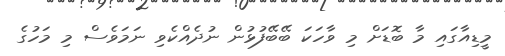
މީޑިއާގައި މާ ބޮޑަށް މި ވާހަކަ ބޭބޭފުޅުން ނުދެއްކެވި ނަމަވެސް މި މަހުގެ